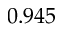
0 . 9 4 5